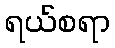
ရယ်စရာ